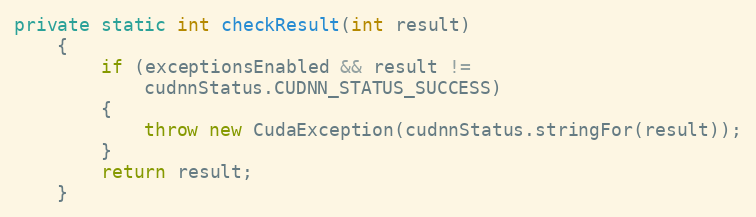
Language: Java
private static int checkResult(int result)
    {
        if (exceptionsEnabled && result !=
            cudnnStatus.CUDNN_STATUS_SUCCESS)
        {
            throw new CudaException(cudnnStatus.stringFor(result));
        }
        return result;
    }